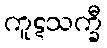
ကူဋသက္ခီ